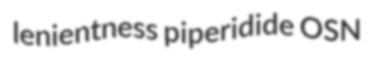
lenientness piperidide OSN